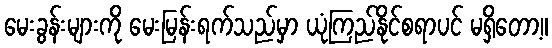
မေးခွန်းများကို မေးမြန်းရက်သည်မှာ ယုံကြည်နိုင်စရာပင် မရှိတော့။